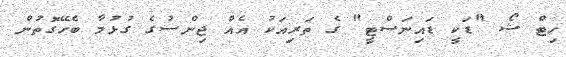
ހިޓް ޝޯ "ޑަކީ ޑައިނަސްޓީ" ގެ ތަރިއަކު އެއް ޖިންސުގެ ގުޅުމާ ބެހޭގޮތުން